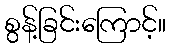
စွန့်ခြင်းကြောင့်။